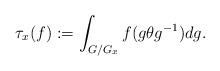
LaTeX: \begin{align*}\tau_x(f):=\int_{G/G_x} f(g\theta g^{-1}) dg. \end{align*}